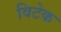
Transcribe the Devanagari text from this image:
विटेक